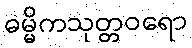
ဓမ္မိကသုတ္တဝရော